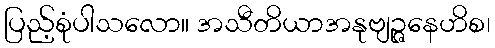
ပြည့်စုံပါသလော။ အသီတိယာအနုဗျဉ္ဇနေဟိစ၊